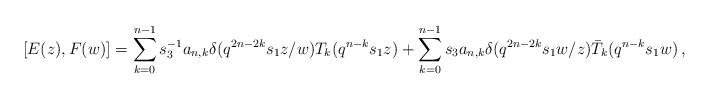
LaTeX: \begin{align*}[E(z),F(w)]=\sum_{k=0}^{n-1}s_3^{-1}a_{n,k}\delta(q^{2n-2k}s_1 z/w)T_k(q^{n-k}s_1 z)+\sum_{k=0}^{n-1}s_3a_{n,k}\delta(q^{2n-2k}s_1 w/z)\bar{T}_{k}(q^{n-k}s_1 w)\,,\end{align*}